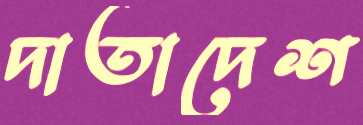
দাতাদেশ